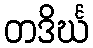
တဒိင်္ဃ